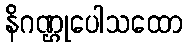
နိဂဏ္ဌုပေါသထော